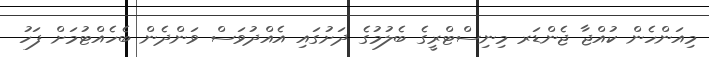
މިއަންހެން ކުއްޖާ ޖެންޑަރ މިނިސްޓްރީގެ ބެލުމުގެ ދަށުގައި އެއްދުވަސް ވަންދެން ބެހެއްޓުމަށް ފަހު